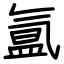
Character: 氲